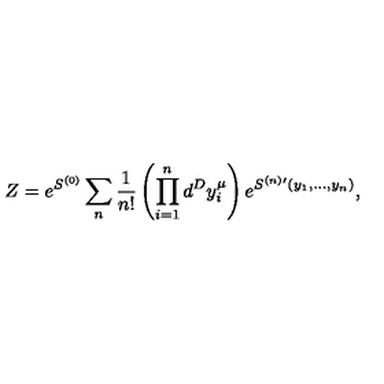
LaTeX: Z = e ^ { S ^ { ( 0 ) } } \sum _ { n } { \frac { 1 } { n ! } } \left( \prod _ { i = 1 } ^ { n } d ^ { D } y _ { i } ^ { \mu } \right) e ^ { S ^ { ( n ) \prime } ( y _ { 1 } , \dots , y _ { n } ) } ,